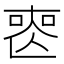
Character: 𠷔